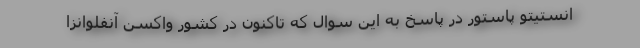
انستیتو پاستور در پاسخ به این سوال که تاکنون در کشور واکسن آنفلوانزا